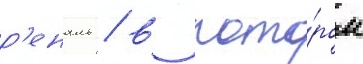
р'еналь / в кото́ром